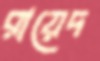
রায়েদ